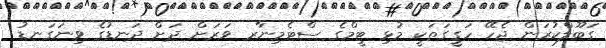
ގަބޫލްކުރަން ޖެހޭ ހަގީގަތަކީ މުޅި ޓީމްގެ ސްޓެމިނާރ ވަރަށް ދަށް ދަނޑުގެ ވިނަގަނޑު